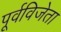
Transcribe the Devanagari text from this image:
पूर्वविजेता